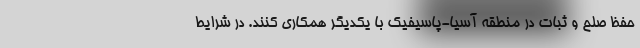
حفظ صلح و ثبات در منطقه آسیا-پاسیفیک با یکدیگر همکاری کنند. در شرایط